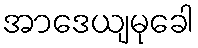
အာဒေယျမုခေါ